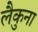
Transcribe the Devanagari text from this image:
लैकुना